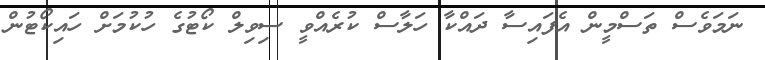
ނަމަވެސް ތަސްމީން އެފައިސާ ދައްކާ ހަލާސް ކުރެއްވީ ސިވިލް ކޯޓުގެ ހުކުމަށް ހައިކޯޓުން